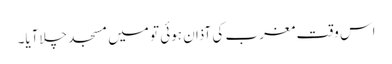
اس وقت مغرب کی آذان ہوئی تو میں مسجد چلاآیا۔